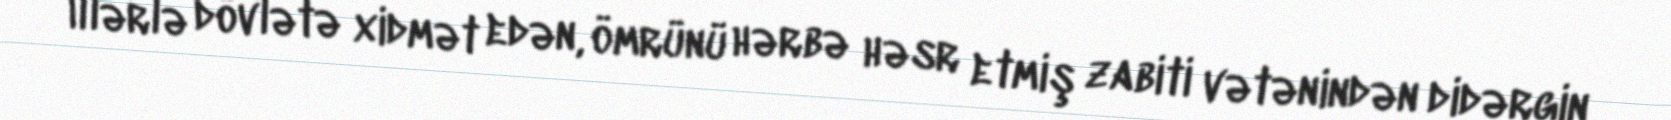
İllərlə dövlətə xidmət edən, ömrünü hərbə həsr etmiş zabiti vətənindən didərgin